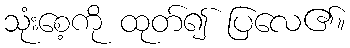
သုံးစေ့ကို ထုတ်၍ ပြလေ၏။